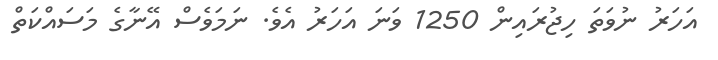
އަހަރު ނުވަތަ ހިޖުރައިން 1250 ވަނަ އަހަރު އެވެ. ނަމަވެސް އޭނާގެ މަސައްކަތް